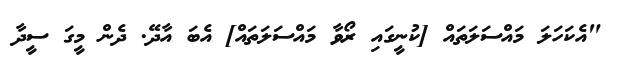
"އެކަހަލަ މައްސަލަތައް [ކުނީގައި ރޯވާ މައްސަލަތައް] އެބަ އާދޭ. ދެން މީގަ ސީދާ